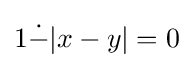
1{\dot {-}}|x-y|=0